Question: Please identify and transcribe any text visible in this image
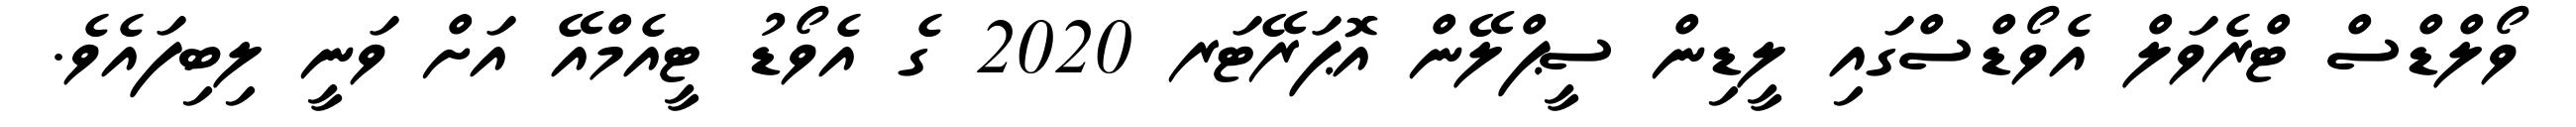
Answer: ވޯލްޑްސް ޓްރެވަލް އެވޯޑްސްގައި ލީޑިން ސީޕްލޭން އޮޕަރޭޓަރ 2020 ގެ އެވޯޑު ޓީއެމްއޭ އަށް ވަނީ ލިބިފައެވެ.